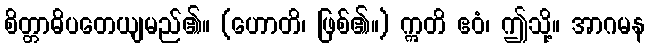
စိတ္တာဓိပတေယျမည်၏။ (ဟောတိ၊ ဖြစ်၏။) ဣတိ ဧဝံ၊ ဤသို့။ အာဂမန